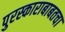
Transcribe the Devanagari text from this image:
पुरस्काराबाबतचा